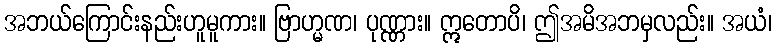
အဘယ်ကြောင်းနည်းဟူမူကား။ ဗြာဟ္မဏ၊ ပုဏ္ဏား။ ဣတောပိ၊ ဤအမိအဘမှလည်း။ အယံ၊